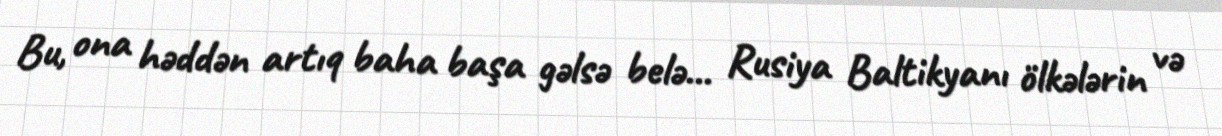
Bu, ona həddən artıq baha başa gəlsə belə... Rusiya Baltikyanı ölkələrin və